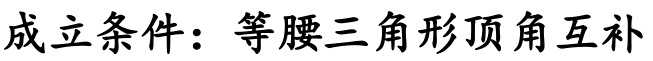
成立条件：等腰三角形顶角互补